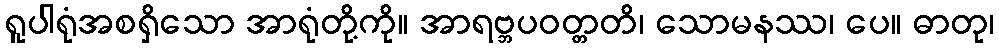
ရူပါရုံအစရှိသော အာရုံတို့ကို။ အာရဗ္ဘပဝတ္တတိ၊ သောမနဿ၊ ပေ။ ဓာတု၊